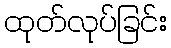
ထုတ်လုပ်ခြင်း